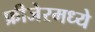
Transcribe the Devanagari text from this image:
फ्रीजेरमध्ये